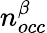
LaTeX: n_{occ}^{\beta}